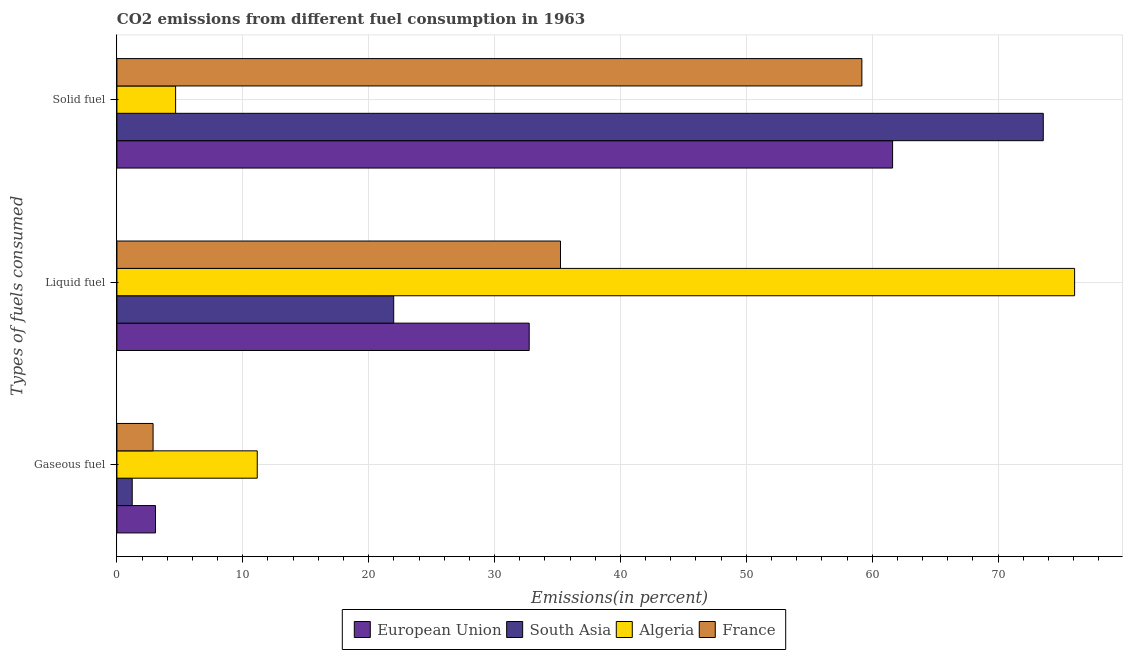
| Types of fuels consumed | European Union | South Asia | Algeria | France |
 | --- | --- | --- | --- | --- |
 | Gaseous fuel | 3.06 | 1.22 | 11.1 | 2.87 |
 | Liquid fuel | 32.8 | 22 | 76.1 | 35.2 |
 | Solid fuel | 61.6 | 73.6 | 4.66 | 59.2 |